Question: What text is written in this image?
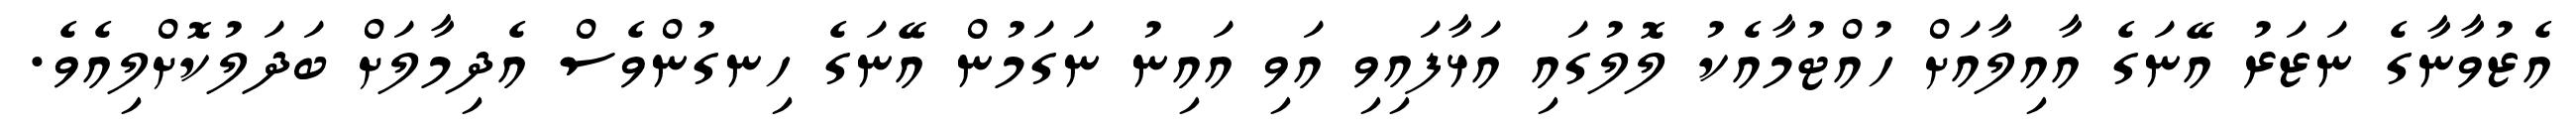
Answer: އެޒުވާނާގެ ނަޒަރު އޭނަގެ އާއިލާއަށް ހުއްޓުމާއެކު ލޮލުގައި އަޅާފައިވި އަވި އައިނު ނަގަމުން އޭނަގެ ހިނގުންވެސް އެދިމާލަށް ބަދަލުކޮށްލިއެވެ.